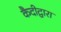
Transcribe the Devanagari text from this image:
कैदीद्वारा